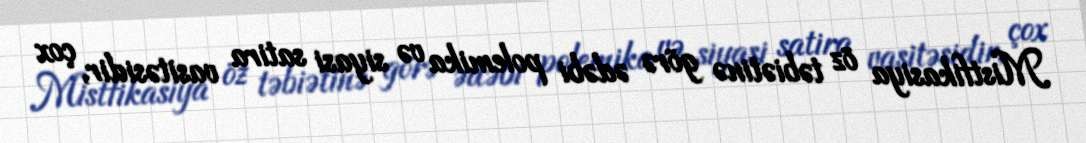
Mistfikasiya öz təbiətinə görə ədəbi polemika və siyasi satira vasitəsidir, çox